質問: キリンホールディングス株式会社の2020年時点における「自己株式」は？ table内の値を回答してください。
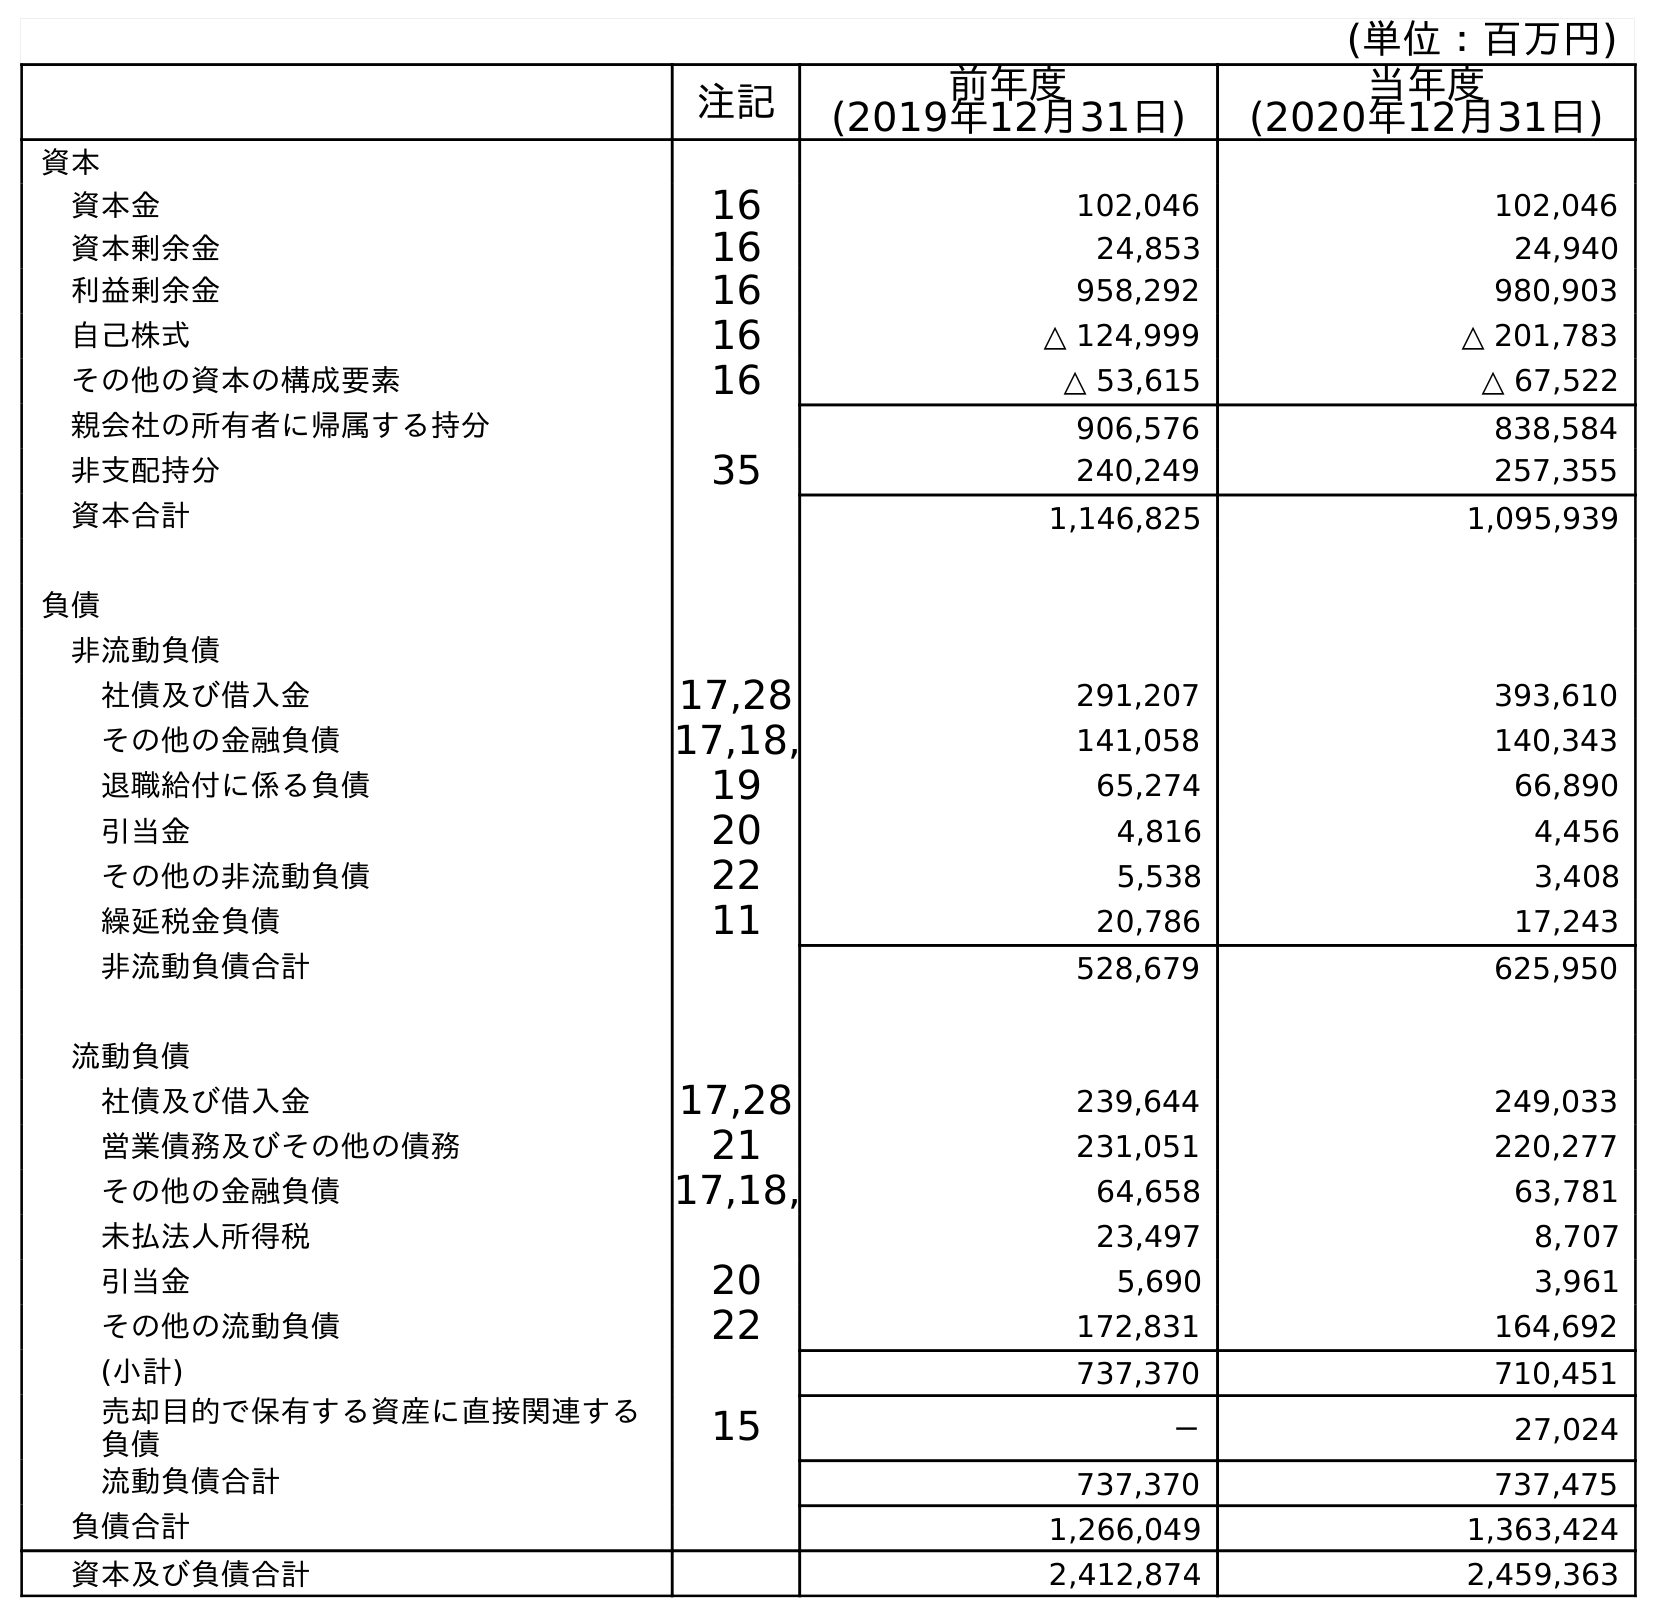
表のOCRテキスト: (単位：百万円) 注記 前年度 (2019年12月31日) 当年度 (2020年12月31日) 資本 資本金 16 102,046 102,046 資本剰余金 16 24,853 24,940 利益剰余金 16 958,292 980,903 自己株式 16 △ 124,999 △ 201,783 その他の資本の構成要素 16 △ 53,615 △ 67,522 親会社の所有者に帰属する持分 906,576 838,584 非支配持分 35 240,249 257,355 資本合計 1,146,825 1,095,939 負債 非流動負債 社債及び借入金 17,28 291,207 393,610 その他の金融負債 17,18, 141,058 140,343 退職給付に係る負債 19 65,274 66,890 引当金 20 4,816 4,456 その他の非流動負債 22 5,538 3,408 繰延税金負債 11 20,786 17,243 非流動負債合計 528,679 625,950 流動負債 社債及び借入金 17,28 239,644 249,033 営業債務及びその他の債務 21 231,051 220,277 その他の金融負債 17,18, 64,658 63,781 未払法人所得税 23,497 8,707 引当金 20 5,690 3,961 その他の流動負債 22 172,831 164,692 (小計) 737,370 710,451 売却目的で保有する資産に直接関連する 負債 15 － 27,024 流動負債合計 737,370 737,475 負債合計 1,266,049 1,363,424 資本及び負債合計 2,412,874 2,459,363
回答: △201,783